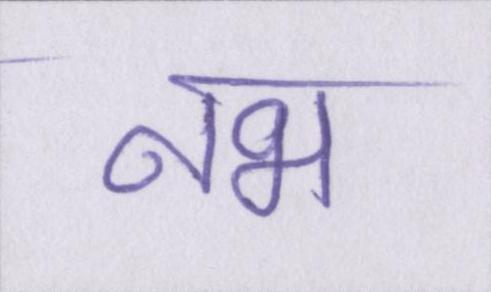
नभ